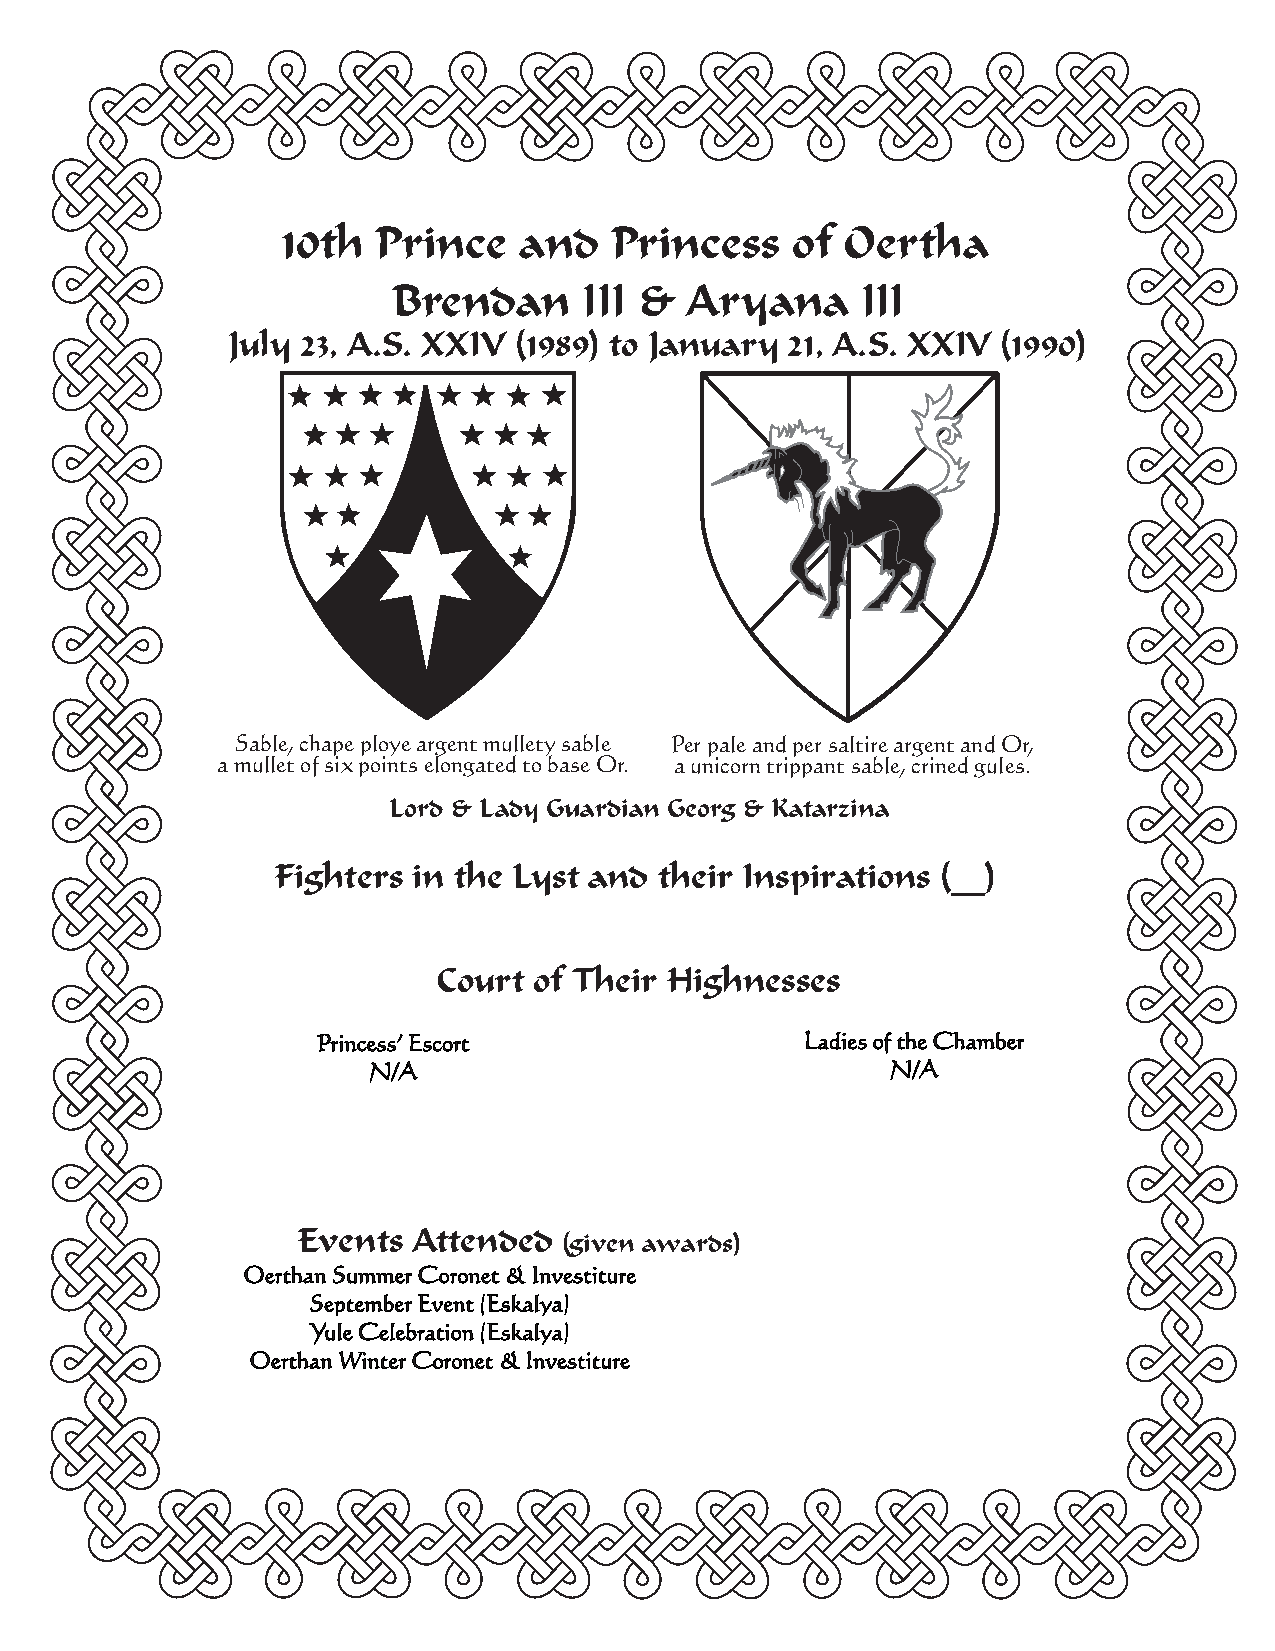
10th  Prince   and   Princess    of  Oertha
 Brendan      III &  Aryana     III
 July 23, A.S. XXIV (1989) to January 21, A.S. XXIV (1990)
 Sable, chape ploye argent mullety sable Per pale and per saltire argent and Or,
 a mullet of six points elongated to base Or. a unicorn trippant sable, crined gules.
 Lord & Lady Guardian Georg & Katarzina
 Fighters in the Lyst and  their Inspirations (__)
 Court of Their Highnesses
 Princess’ Escort                Ladies of the Chamber
 N/A                                N/A
 Events Attended
 (given awards)
 Oerthan Summer Coronet & Investiture
 September Event (Eskalya)
 Yule Celebration (Eskalya)
 Oerthan Winter Coronet & Investiture